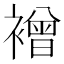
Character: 䙢